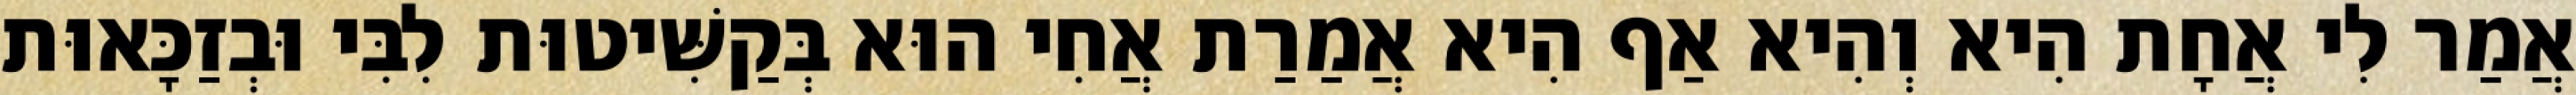
אֲמַר לִי אֲחָת הִיא וְהִיא אַף הִיא אֲמַרַת אֲחִי הוּא בְּקַשִּׁיטוּת לִבִּי וּבְזַכָּאוּת